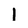
Character: 1